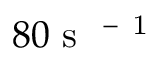
8 0 { \mathrm { ~ s ~ } } ^ { \mathrm { ~ - ~ 1 ~ } }